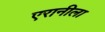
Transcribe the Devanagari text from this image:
एरानीला